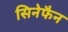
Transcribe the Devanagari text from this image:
सिनेफैन